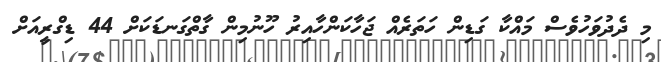
މި ދެދުވަހުވެސް މައްކާ ގަޑިން ހަތަރެއް ޖަހާކަންހާއިރު ހޫނުމިން ގާތްގަނޑަކަށް 44 ޑިގްރީއަށް